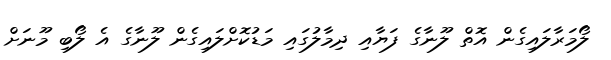
ލޯމަރާލައިގެން އޮތް ލޫނާގެ ފަޔާއި ދިމާލުގައި މަޑުކޮށްލައިގެން ލޫނާގެ އެ ލޯބި މޫނަށް